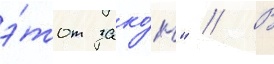
э́тот зако́н" // В